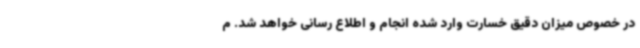
در خصوص میزان دقیق خسارت وارد شده انجام و اطلاع رسانی خواهد شد. م